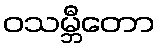
ဝသမ္ဘီတော